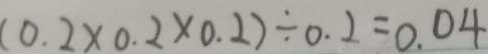
( 0 . 2 \times 0 . 2 \times 0 . 2 ) \div 0 . 2 = 0 . 0 4